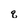
Character: q